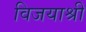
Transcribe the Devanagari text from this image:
विजयाश्री